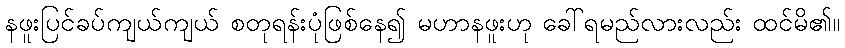
နဖူးပြင်ခပ်ကျယ်ကျယ် စတုရန်းပုံဖြစ်နေ၍ မဟာနဖူးဟု ခေါ်ရမည်လားလည်း ထင်မိ၏။